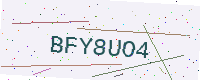
Text: BFY8UO4